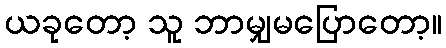
ယခုတော့ သူ ဘာမျှမပြောတော့။